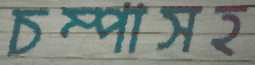
চম্পাসহ